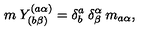
m \: Y _ { ( b \beta ) } ^ { ( a \alpha ) } = \delta _ { b } ^ { a } \: \delta _ { \beta } ^ { \alpha } \: m _ { a \alpha } ,